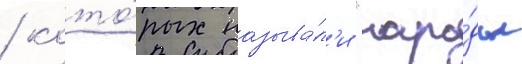
/ кото́рых называ́л'и "наро́ды